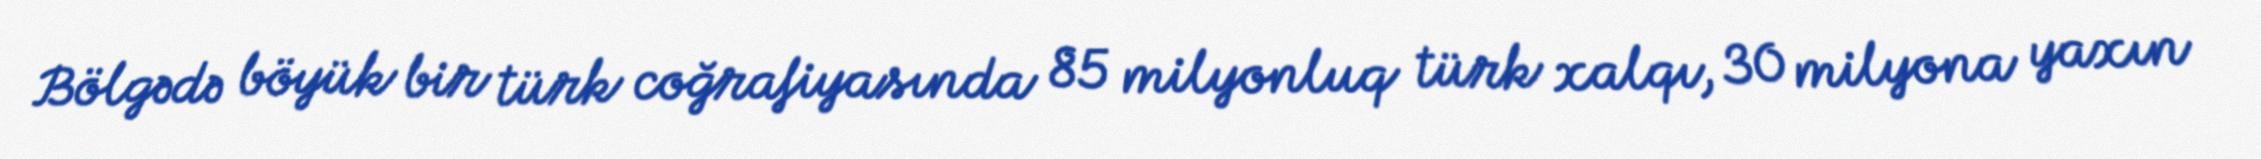
Bölgədə böyük bir türk coğrafiyasında 85 milyonluq türk xalqı, 30 milyona yaxın